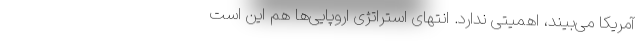
آمریکا می‌بیند، اهمیتی ندارد. انتهای استراتژی اروپایی‌ها هم این است